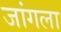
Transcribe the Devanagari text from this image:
जांगला